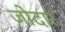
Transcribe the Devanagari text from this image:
जोदार